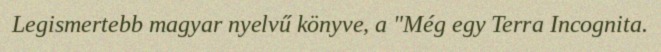
Legismertebb magyar nyelvű könyve, a "Még egy Terra Incognita.